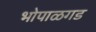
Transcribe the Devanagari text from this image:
भोपाळगड